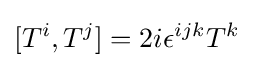
[T^{i},T^{j}]=2i\epsilon ^{ijk}T^{k}